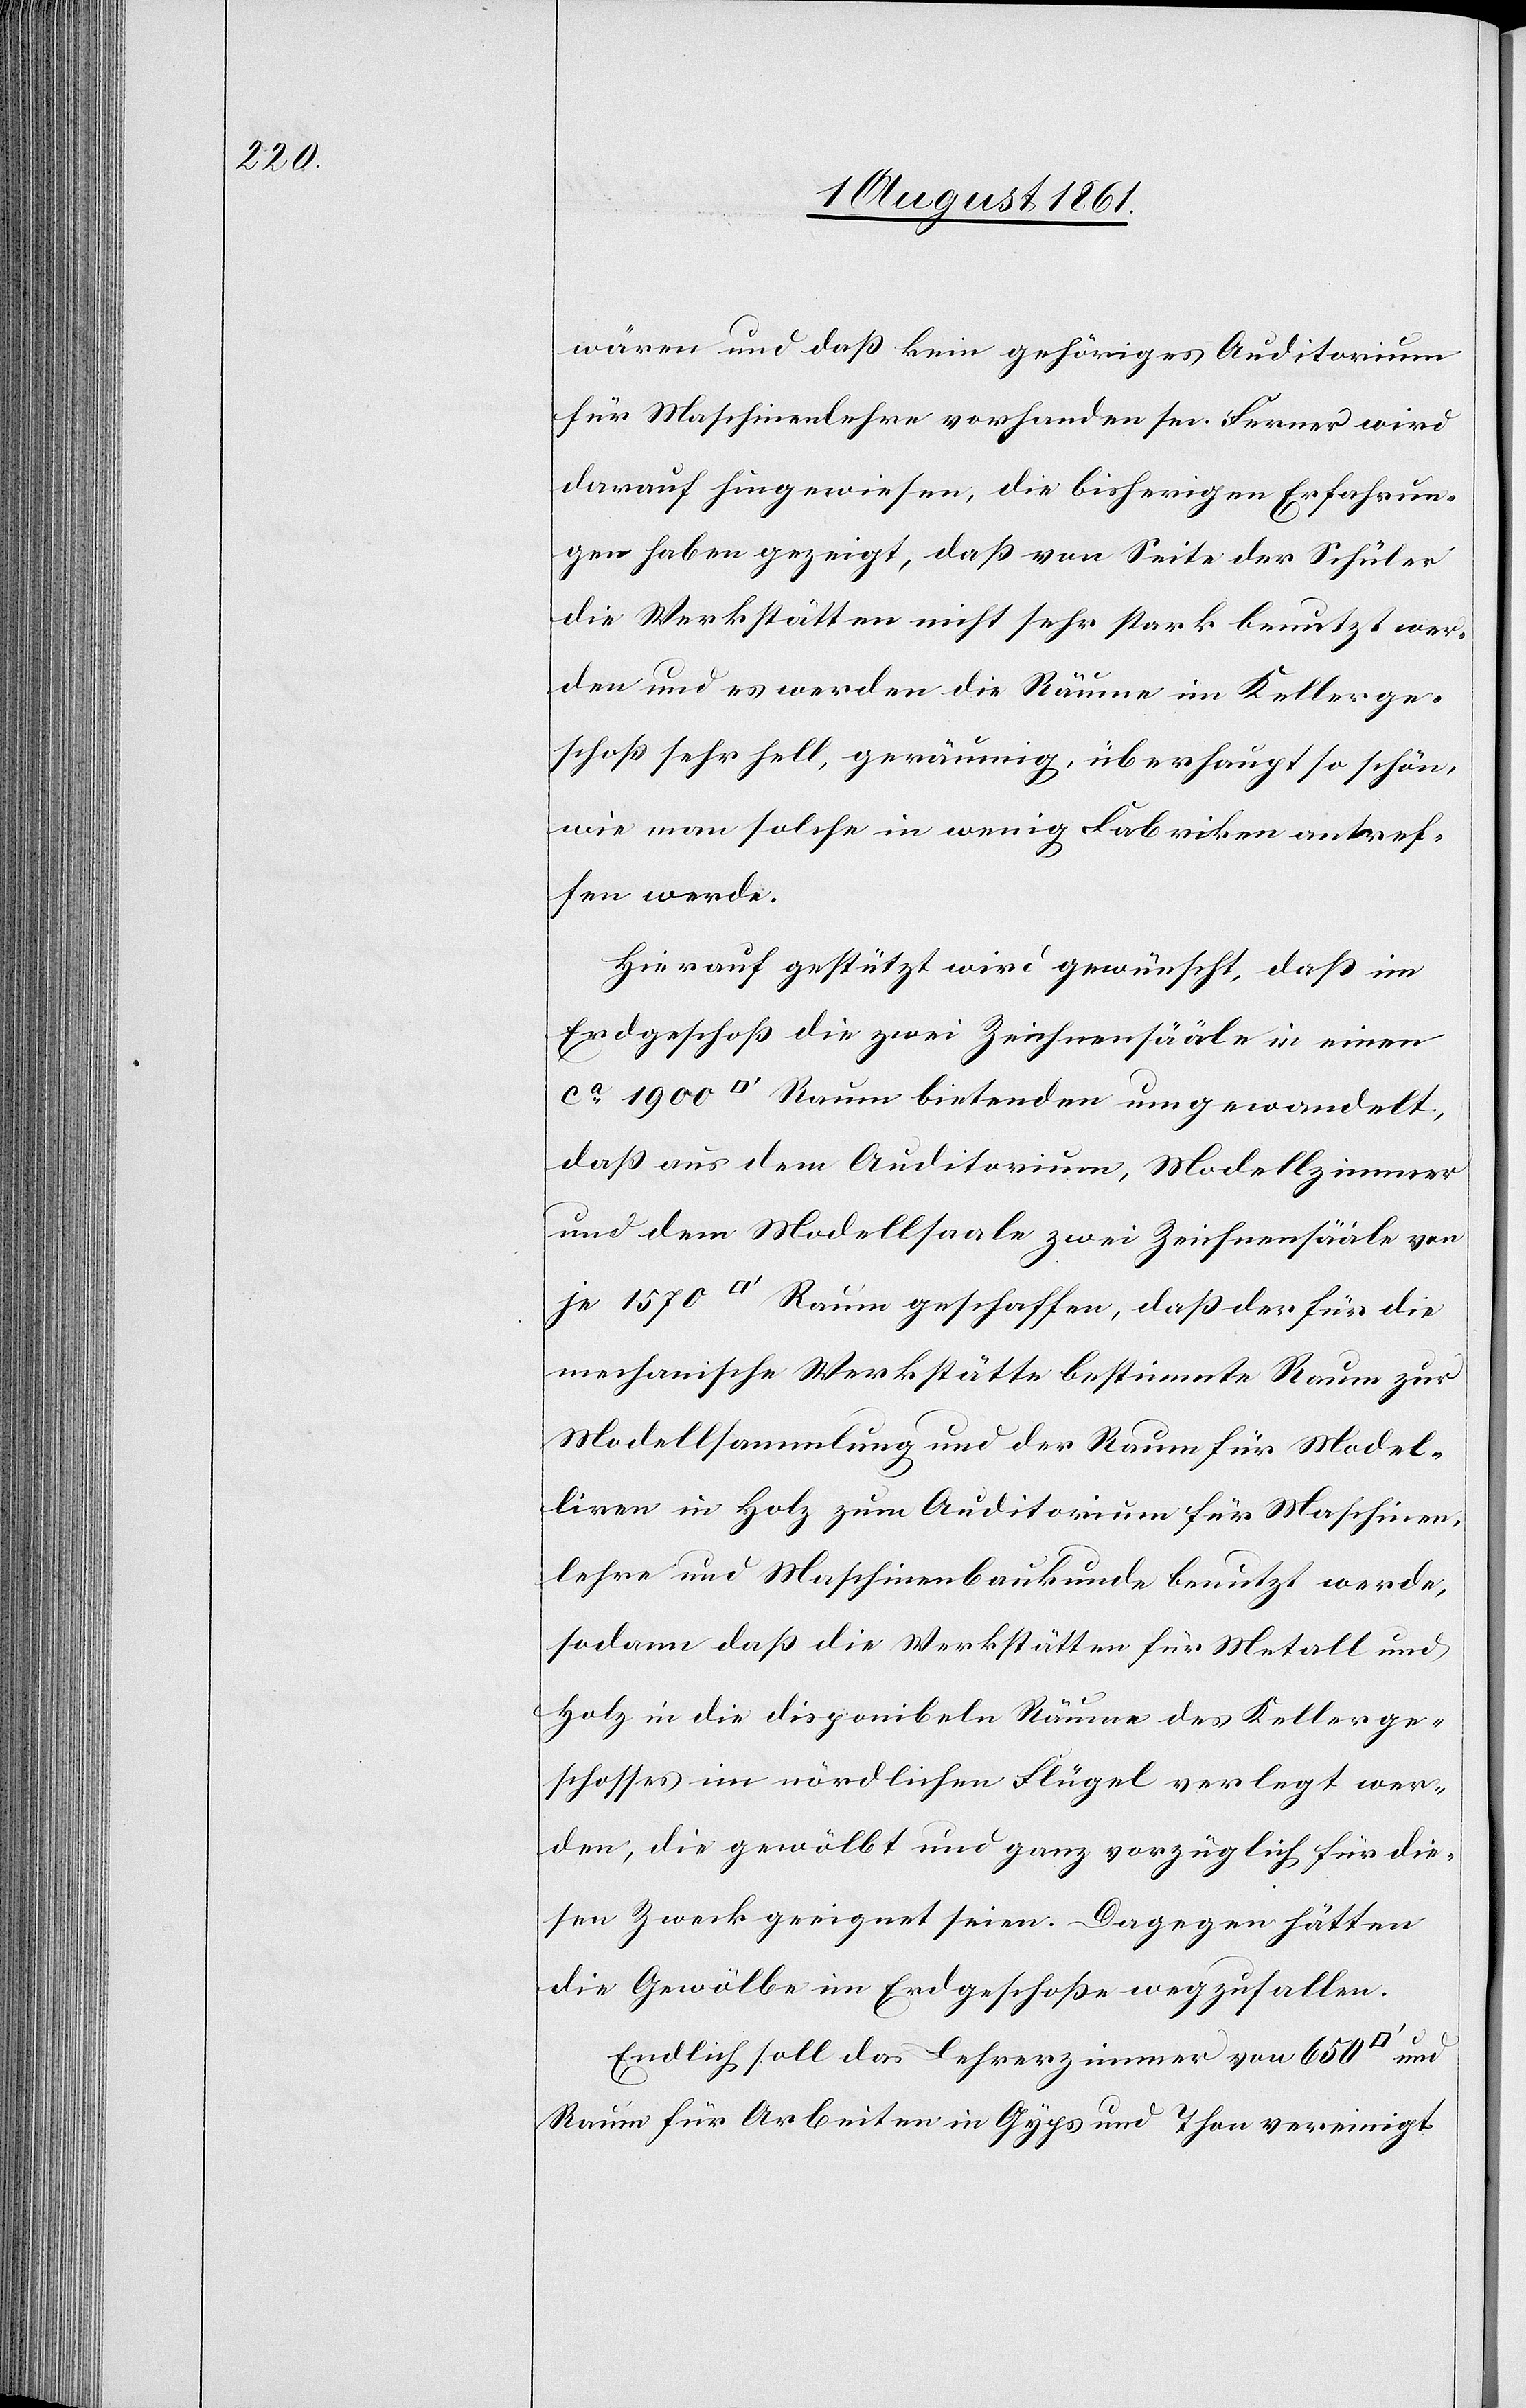
wären und daß kein gehöriges Auditorium
für Maschinenlehre vorhanden sei. Ferner wird
darauf hingewiesen, die bisherigen Erfahrun¬
gen haben gezeigt, daß von Seite der Schüler
die Werkstätten nicht sehr stark benutzt wer¬
den und es werden die Räume im Kellerge¬
schoß sehr hell, geräumig, überhaupt so schön,
wie man solche in wenig Fabriken antref¬
fen werde.
Hierauf gestützt wird gewünscht, daß im
Erdgeschoß die zwei Zeichensääle in einem
daß nur aus dem Auditorium, Modellzimmer
und dem Modellsaale zwei Zeichensääle von
mechanische Werkstätte bestimmte Raum zur
Modellsammlung und der Raum für Model¬
iren in Holz zum Auditorium für Maschinen¬
lehre und Maschinenurkunde benutzt werde,
sodann daß die Werkstätten für Metall und
Holz in die disponibeln Räume des Kellerge¬
schosses im nördlichen Flügel verlegt wer¬
den, die gewölbt und ganz vorzüglich für die¬
sen Zweck geeignet seien. Dagegen hätten
die Gewölbe im Erdgeschoße wegzufallen.
Endlich soll das Lehrerzimmer von 650
Raum für die Arbeiten in Gyps und Thon vereinigt